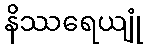
နိဿရေယျုံ